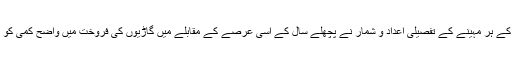
2019ء کے ہر مہینے کے تفصیلی اعداد و شمار نے پچھلے سال کے اسی عرصے کے مقابلے میں گاڑیوں کی فروخت میں واضح کمی کو ظاہر کیا۔